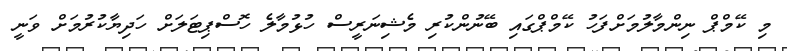
މި ކޭމްޕް ނިންމާލުމަށްފަހު ކޭމްޕްގައި ބޭނުންކުރި މެޝިނަރީސް ހުޅުމާލެ ހޮސްޕިޓަލަށް ހަދިޔާކުރުމަށް ވަނީ